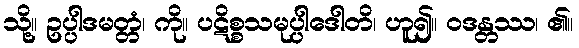
သို့။ ဥပ္ပါဒမတ္တံ၊ ကို။ ပဋိစ္စသမုပ္ပါဒေါတိ၊ ဟူ၍။ ဝဒန္တဿ၊ ၏။